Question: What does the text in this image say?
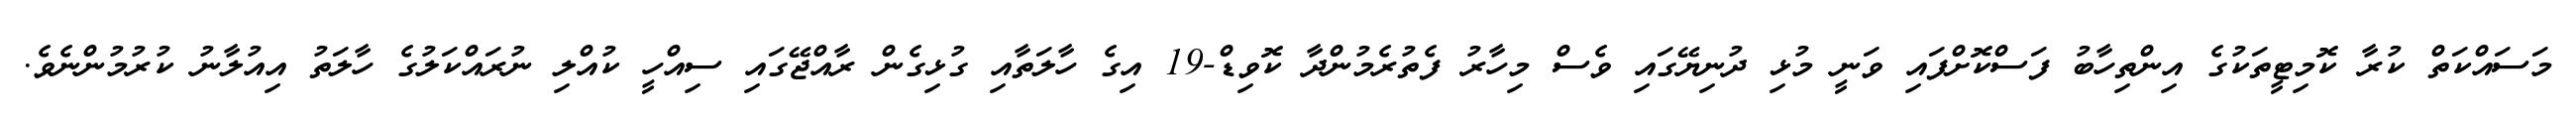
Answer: މަސައްކަތް ކުރާ ކޮމިޓީތަކުގެ އިންތިހާބު ފަސްކޮށްފައި ވަނީ މުޅި ދުނިޔޭގައި ވެސް މިހާރު ފެތުރެމުންދާ ކޮވިޑް-19 އިގެ ހާލަތާއި ގުޅިގެން ރާއްޖޭގައި ސިއްހީ ކުއްލި ނުރައްކަލުގެ ހާލަތު އިއުލާނު ކުރުމުންނެވެ.